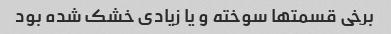
برخی قسمتها سوخته و یا زیادی خشک شده بود